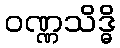
ဝဏ္ဏသိဒ္ဓိ